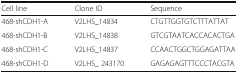
<table><thead><tr><td><b>Cell line</b></td><td><b>Clone ID</b></td><td><b>Sequence</b></td></tr></thead><tbody><tr><td>468-shCDH1-A</td><td>V2LHS_14834</td><td>CTGTTGGTGTCTTTATTAT</td></tr><tr><td>468-shCDH1-B</td><td>V2LHS_14838</td><td>GTCGTAATCACCACACTGA</td></tr><tr><td>468-shCDH1-C</td><td>V2LHS_14837</td><td>CCAACTGGCTGGAGATTAA</td></tr><tr><td>468-shCDH1-D</td><td>V2LHS_ 243170</td><td>GAGAGAGTTTCCCTACGTA</td></tr></tbody></table>